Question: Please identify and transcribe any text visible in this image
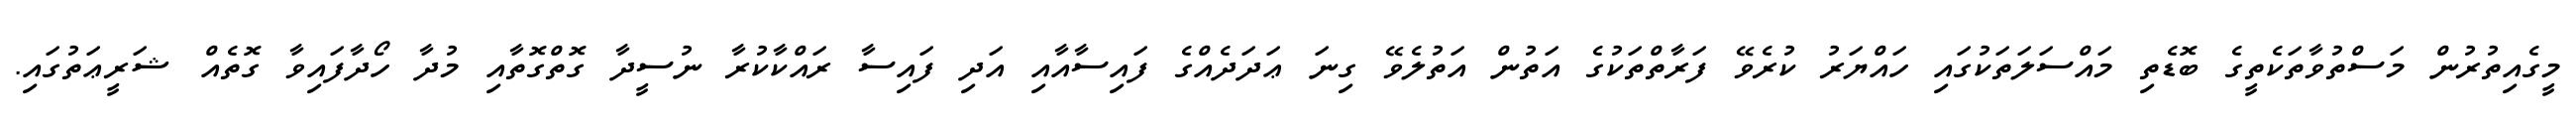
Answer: މީގެއިތުރުން މަސްތުވާތަކެތީގެ ބޮޑެތި މައްސަލަތަކުގައި ހައްޔަރު ކުރެވޭ ފަރާތްތަކުގެ އަތުން އަތުލެވޭ ގިނަ ޢަދަދެއްގެ ފައިސާއާއި އަދި ފައިސާ ރައްކާކުރާ ނުސީދާ ގޮތްގޮތާއި މުދާ ހޯދާފައިވާ ގޮތެއް ޝަރީޢަތުގައި.